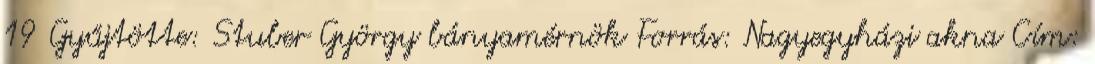
19 Gyűjtötte: Stuber György bányamérnök Forrás: Nagyegyházi akna Cím: